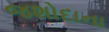
જશોદાના